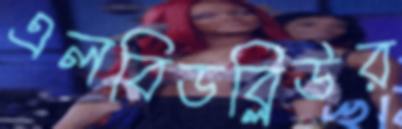
এলবিডব্লিউর